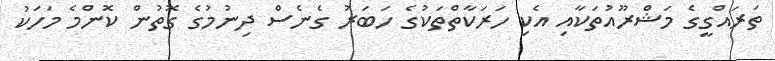
ތަރައްގީގެ މަޝްރޫއުތަކާއި އެކި ހަރަކާތްތަކުގެ ހަބަރު ގެނެސް ދިނުމުގެ ގޮތުން ކޮންމެ މަހަކު